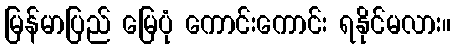
မြန်မာပြည် မြေပုံ ကောင်းကောင်း ရနိုင်မလား။